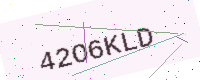
Text: 42O6KLD